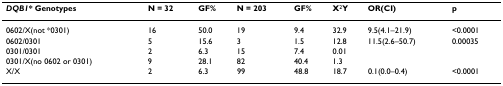
<table><thead><tr><td><b><i>DQB1</i>* Genotypes</b></td><td><b>N = 32</b></td><td><b>GF%</b></td><td><b>N = 203</b></td><td><b>GF%</b></td><td><b>X<sup>2</sup>Y</b></td><td><b>OR(CI)</b></td><td><b>p</b></td></tr></thead><tbody><tr><td>0602/X(not *0301)</td><td>16</td><td>50.0</td><td>19</td><td>9.4</td><td>32.9</td><td>9.5(4.1–21.9)</td><td>&lt;0.0001</td></tr><tr><td>0602/0301</td><td>5</td><td>15.6</td><td>3</td><td>1.5</td><td>12.8</td><td>11.5(2.6–50.7)</td><td>0.00035</td></tr><tr><td>0301/0301</td><td>2</td><td>6.3</td><td>15</td><td>7.4</td><td>0.01</td><td></td><td></td></tr><tr><td>0301/X(no 0602 or 0301)</td><td>9</td><td>28.1</td><td>82</td><td>40.4</td><td>1.3</td><td></td><td></td></tr><tr><td>X/X</td><td>2</td><td>6.3</td><td>99</td><td>48.8</td><td>18.7</td><td>0.1(0.0–0.4)</td><td>&lt;0.0001</td></tr></tbody></table>